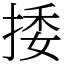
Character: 捼